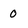
Character: 0